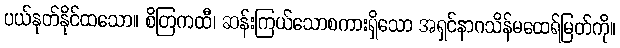
ပယ်နုတ်နိုင်ထသော။ စိတြကထီ၊ ဆန်းကြယ်သောစကားရှိသော အရှင်နာဂသိန်မထေရ်မြတ်ကို။